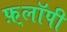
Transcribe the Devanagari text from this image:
फ़्लॉपी